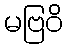
မဗြဝိ